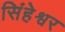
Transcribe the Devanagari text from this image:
सिंहेश्वर